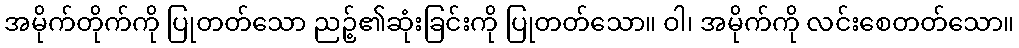
အမိုက်တိုက်ကို ပြုတတ်သော ညဉ့်၏ဆုံးခြင်းကို ပြုတတ်သော။ ဝါ၊ အမိုက်ကို လင်းစေတတ်သော။